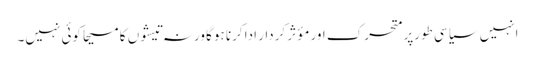
انہیں سیاسی طورپر متحرک اور مؤثر کردار ادا کرنا ہوگا ورنہ تیشوں کا مسیحا کوئی نہیں۔